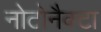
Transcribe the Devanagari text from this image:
नोटोनैक्टा